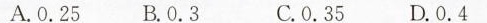
A.0.25 B.0.3 C.0.35 D.0.4